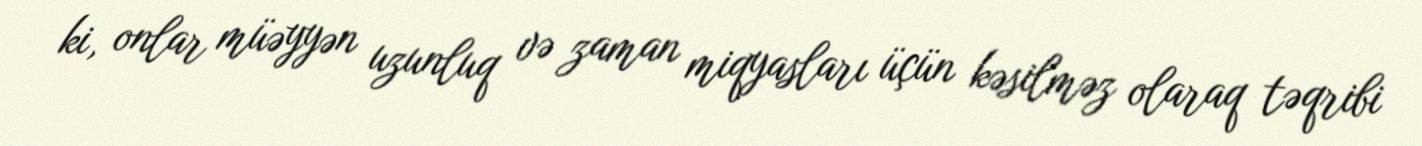
ki, onlar müəyyən uzunluq və zaman miqyasları üçün kəsilməz olaraq təqribi